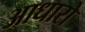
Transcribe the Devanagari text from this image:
आधारो